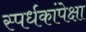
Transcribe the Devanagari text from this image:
स्पर्धकांपेक्षा